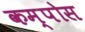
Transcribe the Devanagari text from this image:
कम्पोस